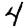
Digit: 4